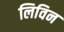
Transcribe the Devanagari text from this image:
लिविन